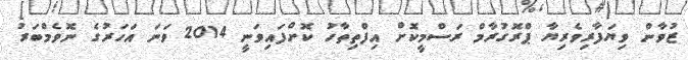
ޒުވާން ވިޔަފާރިވެރިޔާ ޕްރޮގުރާމް ރަސްމީކޮށް އިފްތިތާހު ކޮށްފައިވަނީ 2014 ވަނަ އަހަރުގެ ނޮވެމްބަރު